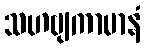
သဟဗျကာမာနံ